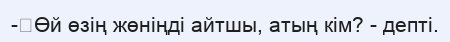
-	Өй өзің жөніңді айтшы, атың кім? - депті.